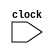
// Incomplete behavioral model of MIPS pipeline

module mipspipe_mp3 (clock);
  // in_out
  input clock;

  // Instruction opcodes
  parameter LW = 6'b100011, SW = 6'b101011, BEQ = 6'b000100, nop = 32'b00000_100000, ALUop = 6'b0;
  reg [31:0] PC, Regs[0:31], IMemory[0:1023], DMemory[0:1023], // instruction and data memories
             IFIDIR, IDEXA, IDEXB, IDEXIR, EXMEMIR, EXMEMB, // pipeline latches
             EXMEMALUOut, MEMWBValue, MEMWBIR;

  wire [4:0] IDEXrs, IDEXrt, EXMEMrd, MEMWBrd, MEMWBrt; // hold register fields
  wire [5:0] EXMEMop, MEMWBop, IDEXop; // hold opcodes
  wire [31:0] Ain, Bin; // ALU inputs

  // declare the bypass signals
  wire bypassAfromMEM, bypassAfromALUinWB, bypassBfromMEM, bypassBfromALUinWB, bypassAfromLWinWB, bypassBfromLWinWB;

   // Define fields of pipeline latches
   assign IDEXrs = IDEXIR[25:21]; // rs field
   assign IDEXrt = IDEXIR[20:16]; // rt field
   assign EXMEMrd = EXMEMIR[15:11]; // rd field
   assign MEMWBrd = MEMWBIR[15:11]; // rd field
   assign MEMWBrt = MEMWBIR[20:16]; // rt field -- for loads
   assign EXMEMop = EXMEMIR[31:26]; // opcode
   assign MEMWBop = MEMWBIR[31:26]; // opcode
   assign IDEXop = IDEXIR[31:26]; // opcode


  // The bypass to input A from the MEM stage for an ALU operation
  assign bypassAfromMEM = (IDEXrs == EXMEMrd) & (IDEXrs!=0) & (EXMEMop==ALUop);
  // The bypass to input B from the MEM stage for an ALU operation
  assign bypassBfromMEM = 0;
  // The bypass to input A from the WB stage for an ALU operation
  assign bypassAfromALUinWB = 0;
  // The bypass to input B from the WB stage for an ALU operation
  assign bypassBfromALUinWB = 0; 
  // The bypass to input A from the WB stage for an LW operation
  assign bypassAfromLWinWB = (IDEXrs == MEMWBIR[20:16]) & (IDEXrs!=0) & (MEMWBop==LW);
  // The bypass to input B from the WB stage for an LW operation
  assign bypassBfromLWinWB = 0;

  // The A input to the ALU is bypassed from MEM if there is a bypass there,
  // Otherwise from WB if there is a bypass there, and otherwise comes from the IDEX register
  assign Ain = bypassAfromMEM? EXMEMALUOut : (bypassAfromALUinWB | bypassAfromLWinWB)? MEMWBValue : IDEXA;

  // The B input to the ALU is bypassed from MEM if there is a bypass there,
  // Otherwise from WB if there is a bypass there, and otherwise comes from the IDEX register
  assign Bin = IDEXB;


  reg [5:0] i; // used to initialize latches
  reg [10:0] j,k; // used to initialize memories
  
  initial begin
    PC = 0;
    IFIDIR = nop; 
    IDEXIR = nop; 
    EXMEMIR = nop; 
    MEMWBIR = nop; // no-ops in pipeline latches
  
    for (i = 0;i<=31;i = i+1) Regs[i] = i; // initialize latches
  
    IMemory[0] = 32'h00412820;
    IMemory[1] = 32'h8ca30004;
    IMemory[2] = 32'haca70005;
    IMemory[3] = 32'h00602020;
    IMemory[4] = 32'h01093020;
    IMemory[5] = 32'hac06000c;  
    IMemory[6] = 32'h00c05020;
    IMemory[7] = 32'h8c0b0010;
    IMemory[8] = 32'h00000020;  
    IMemory[9] = 32'h002b6020;
    for (j=10; j<=1023; j=j+1) IMemory[j] = nop;
    
    DMemory[0] = 32'h00000000;
    DMemory[1] = 32'hffffffff;
    DMemory[2] = 32'h00000000;
    DMemory[3] = 32'h00000000;
    DMemory[4] = 32'hfffffffe;
    for (k=5; k<=1023; k=k+1) DMemory[k] = 0;
  end

  always @ (posedge clock) 
  begin
    
	// FETCH: Fetch instruction & update PC
    IFIDIR <= IMemory[PC>>2];
    PC <= PC + 4;

    // DECODE: Read registers
    IDEXA <= Regs[IFIDIR[25:21]]; 
    IDEXB <= Regs[IFIDIR[20:16]];
    IDEXIR <= IFIDIR; 

    // EX: Address calculation or ALU operation
    if ((IDEXop==LW) |(IDEXop==SW)) // address calculation & copy B
       EXMEMALUOut <= Ain +{{16{IDEXIR[15]}}, IDEXIR[15:0]};
    else if (IDEXop==ALUop) begin
       case (IDEXIR[5:0]) // R-type instruction
         32: EXMEMALUOut <= Ain + Bin; // add operation
         default: ; // other R-type operations: subtract, SLT, etc.
       endcase
    end
   
    EXMEMIR <= IDEXIR; 
    EXMEMB <= Bin; // pass along the IR & B register
   
    // MEM
    if (EXMEMop==ALUop) MEMWBValue <= EXMEMALUOut; // pass along ALU result
    else if (EXMEMop == LW) MEMWBValue <= DMemory[EXMEMALUOut>>2];
    else if (EXMEMop == SW) DMemory[EXMEMALUOut>>2] <=EXMEMB; // store
   
    MEMWBIR <= EXMEMIR; // pass along IR
   
    // WB 
    if ((MEMWBop==ALUop) & (MEMWBrd != 0)) // update latches if ALU operation and destination not 0
    Regs[MEMWBrd] <= MEMWBValue; // ALU operation
    else if ((MEMWBop == LW)& (MEMWBrt != 0)) // Update latches if load and destination not 0
    Regs[MEMWBrt] <= MEMWBValue;
  end

endmodule